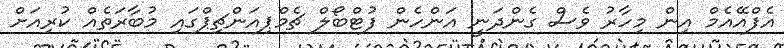
އެފްއޭއެމް އިން މިހާރު ވެސް ގެންދަނީ އަންހެން ފުޓްބޯލް ޗެމްޕިއަންޗިޕްގައި މުބާރަތެއް ކުރިއަށް